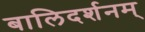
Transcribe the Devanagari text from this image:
बालिदर्शनम्